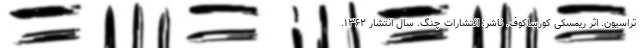
تراسیون. اثر ریمسکی کورساکوف. ناشر: انتشارات چنگ. سال انتشار ۱۳۶۲.